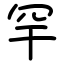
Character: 罕